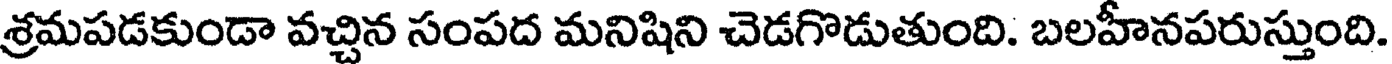
శ్రమపడకుండా వచ్చిన సంపద మనిషిని చెడగొడుతుంది. బలహీనపరుస్తుంది.